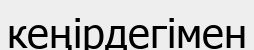
кеңірдегімен